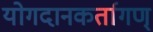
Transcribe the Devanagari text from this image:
योगदानकर्तागण्